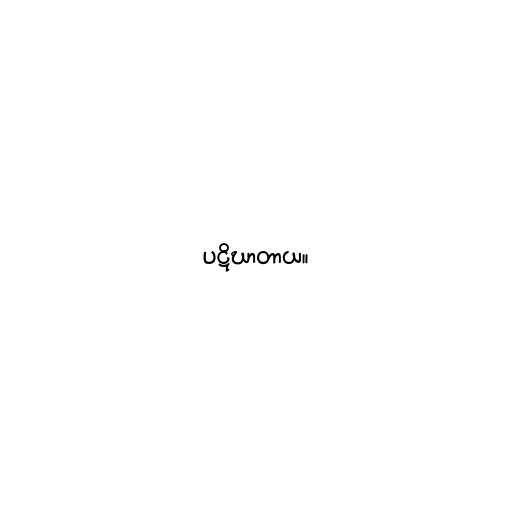
ပဋိဃာတာယ။